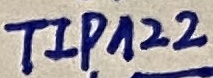
Text: TIP122